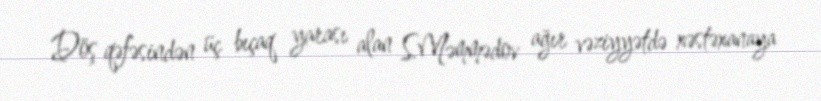
Döş qəfəsindən üç bıçaq yarası alan S.Məmmədov ağır vəziyyətdə xəstəxanaya